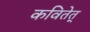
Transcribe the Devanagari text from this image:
कवितेत्